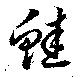
鮭